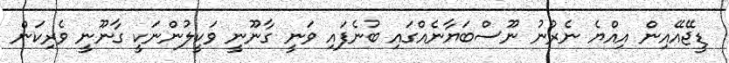
ޑީޖޭއޭއިން އިއްޔެ ނެރުނު ނޫސްބަޔާނެއްގައި ބުނެފައި ވަނީ ގާނޫނީ ވަކީލުންނަކީ ގާނޫނީ ވެރިކަން